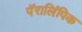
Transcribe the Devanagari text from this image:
पॅरालिंपिक